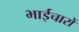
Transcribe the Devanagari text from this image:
भाईचारों